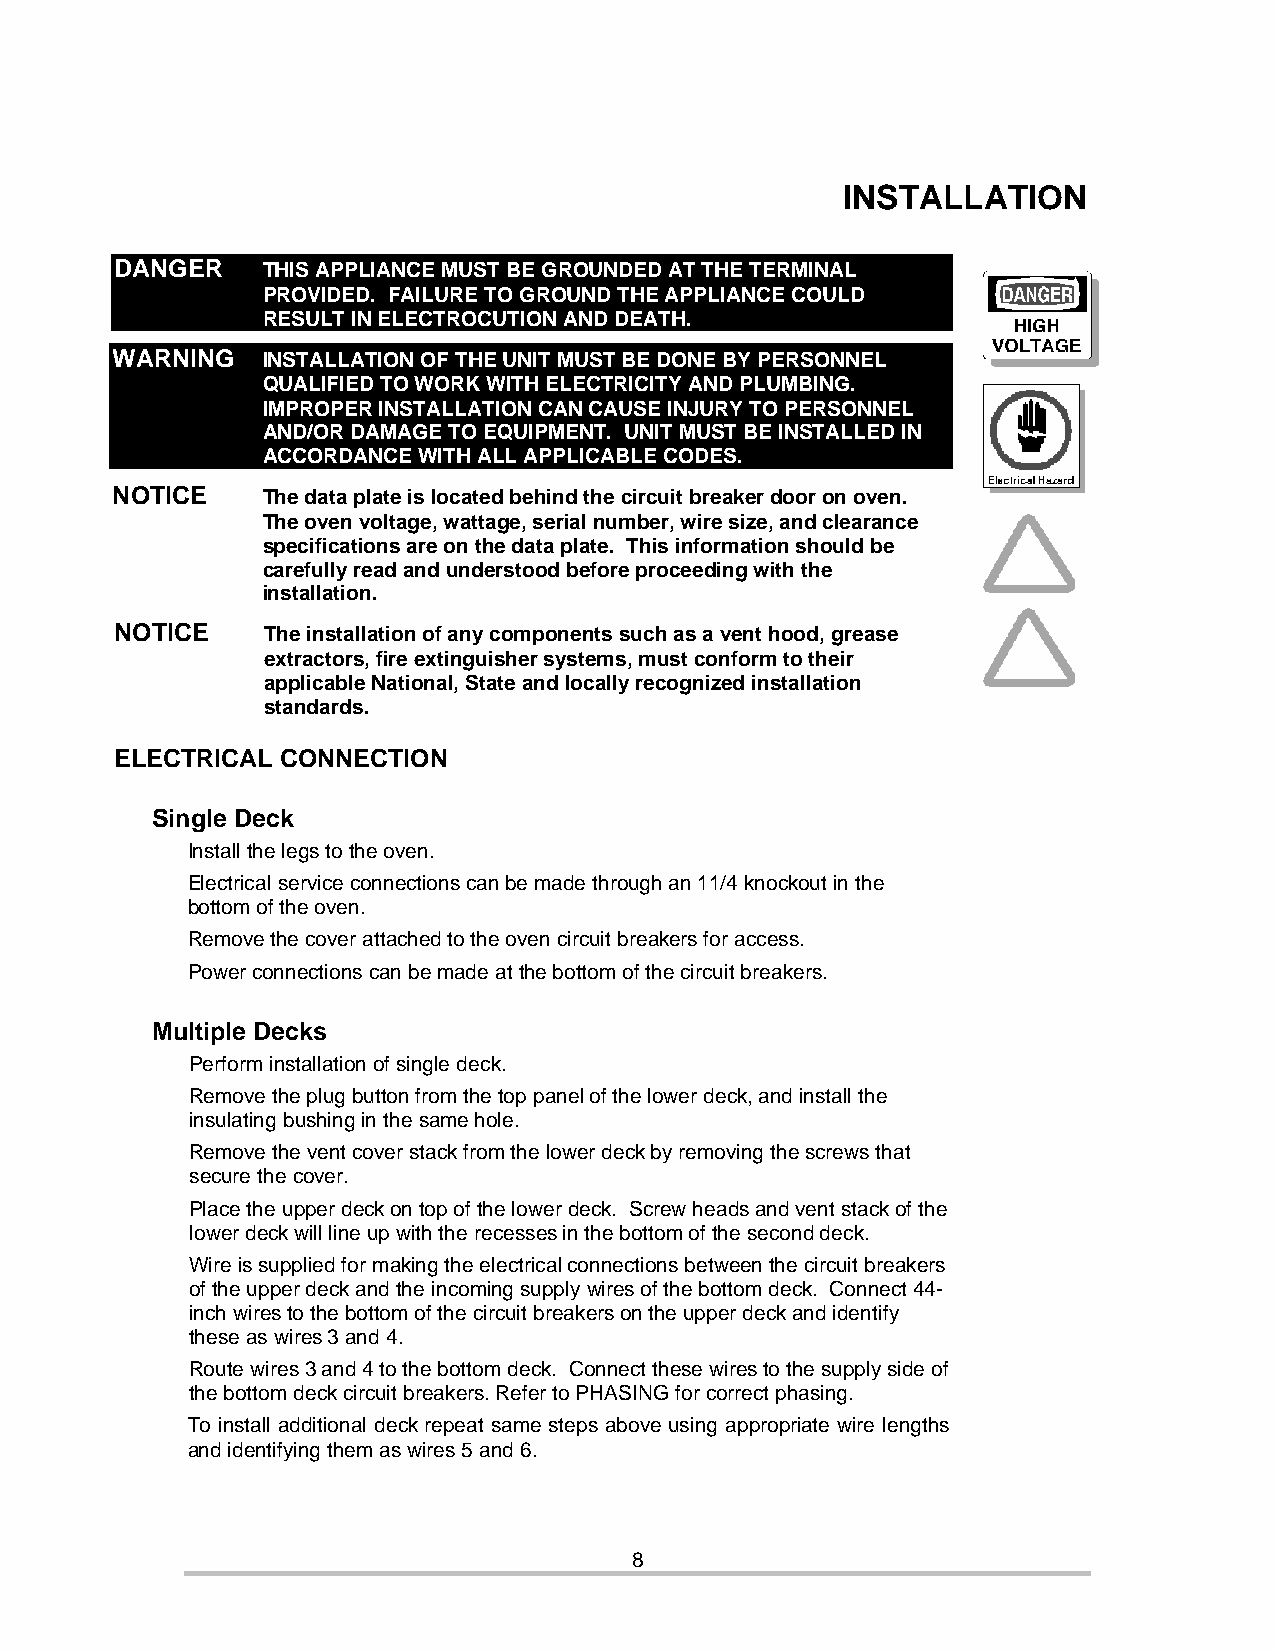
INSTALLATION
 DANGER   THIS APPLIANCE MUST BE GROUNDED AT THE TERMINAL
 PROVIDED. FAILURE TO GROUND THE APPLIANCE COULD
 RESULT IN ELECTROCUTION AND DEATH.
 WARNING   INSTALLATION OF THE UNIT MUST BE DONE BY PERSONNEL
 QUALIFIED TO WORK WITH ELECTRICITY AND PLUMBING.
 IMPROPER INSTALLATION CAN CAUSE INJURY TO PERSONNEL
 AND/OR DAMAGE TO EQUIPMENT. UNIT MUST BE INSTALLED IN
 ACCORDANCE WITH ALL APPLICABLE CODES.
 NOTICE    The data plate is located behind the circuit breaker door on oven.
 The oven voltage, wattage, serial number, wire size, and clearance
 specifications are on the data plate. This information should be
 carefully read and understood before proceeding with the
 installation.
 NOTICE    The installation of any components such as a vent hood, grease
 extractors, fire extinguisher systems, must conform to their
 applicable National, State and locally recognized installation
 standards.
 ELECTRICAL CONNECTION
 Single Deck
 Install the legs to the oven.
 Electrical service connections can be made through an 11/4 knockout in the
 bottom of the oven.
 Remove the cover attached to the oven circuit breakers for access.
 Power connections can be made at the bottom of the circuit breakers.
 Multiple Decks
 Perform installation of single deck.
 Remove the plug button from the top panel of the lower deck, and install the
 insulating bushing in the same hole.
 Remove the vent cover stack from the lower deck by removing the screws that
 secure the cover.
 Place the upper deck on top of the lower deck. Screw heads and vent stack of the
 lower deck will line up with the recesses in the bottom of the second deck.
 Wire is supplied for making the electrical connections between the circuit breakers
 of the upper deck and the incoming supply wires of the bottom deck. Connect 44-
 inch wires to the bottom of the circuit breakers on the upper deck and identify
 these as wires 3 and 4.
 Route wires 3 and 4 to the bottom deck. Connect these wires to the supply side of
 the bottom deck circuit breakers. Refer to PHASING for correct phasing.
 To install additional deck repeat same steps above using appropriate wire lengths
 and identifying them as wires 5 and 6.
 8